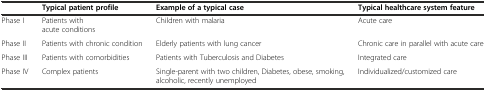
|  | Typical patient profile | Example of a typical case | Typical healthcare system feature |
 | --- | --- | --- | --- |
 | Phase I | Patients with acute conditions | Children with malaria | Acute care |
 | Phase II | Patients with chronic condition | Elderly patients with lung cancer | Chronic care in parallel with acute care |
 | Phase III | Patients with comorbidities | Patients with Tuberculosis and Diabetes | Integrated care |
 | Phase IV | Complex patients | Single-parent with two children, Diabetes, obese, smoking, alcoholic, recently unemployed | Individualized/customized care |